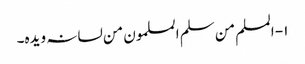
۱- المسلم من سلم المسلمون من لسانہ ویدہ۔